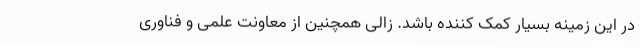
در این زمینه بسیار کمک کننده باشد. زالی همچنین از معاونت علمی و فناوری